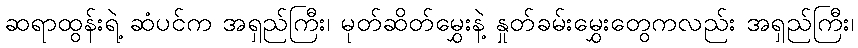
ဆရာထွန်းရဲ့ ဆံပင်က အရှည်ကြီး၊ မုတ်ဆိတ်မွှေးနဲ့ နှုတ်ခမ်းမွှေးတွေကလည်း အရှည်ကြီး၊